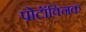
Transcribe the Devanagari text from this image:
पोटॉक्निक